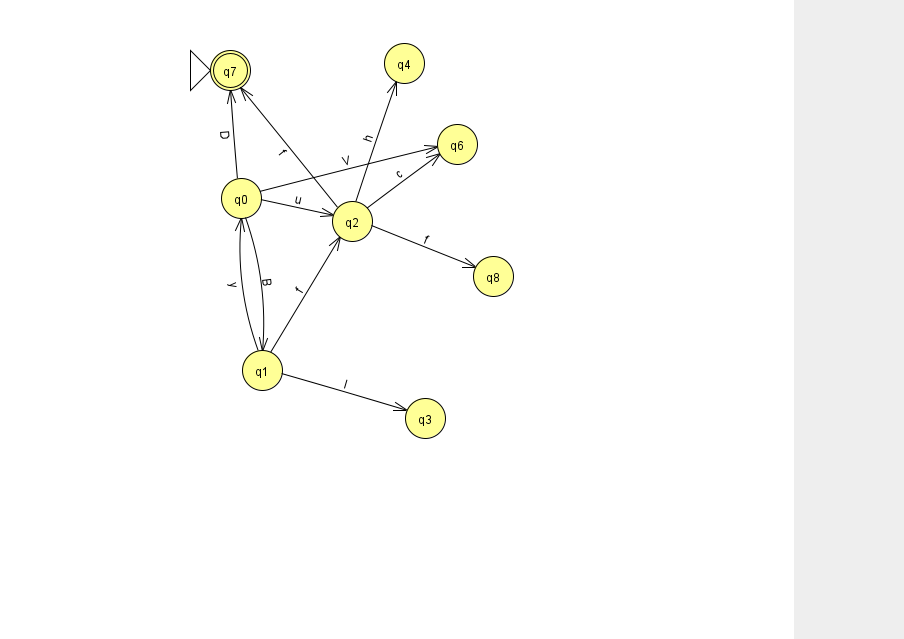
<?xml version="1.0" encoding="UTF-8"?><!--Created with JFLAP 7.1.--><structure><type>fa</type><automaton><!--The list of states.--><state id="0" name="q0"><x>241.0</x><y>185.0</y></state><state id="1" name="q1"><x>262.0</x><y>357.0</y></state><state id="2" name="q2"><x>352.0</x><y>208.0</y></state><state id="3" name="q3"><x>425.0</x><y>405.0</y></state><state id="4" name="q4"><x>404.0</x><y>50.0</y></state><state id="6" name="q6"><x>457.0</x><y>131.0</y></state><state id="7" name="q7"><x>230.0</x><y>57.0</y><initial/><final/></state><state id="8" name="q8"><x>493.0</x><y>263.0</y></state><!--The list of transitions.--><transition><from>1</from><to>0</to><read>y</read></transition><transition><from>2</from><to>7</to><read>f</read></transition><transition><from>1</from><to>3</to><read>I</read></transition><transition><from>2</from><to>8</to><read>f</read></transition><transition><from>1</from><to>2</to><read>f</read></transition><transition><from>2</from><to>6</to><read>c</read></transition><transition><from>0</from><to>7</to><read>D</read></transition><transition><from>0</from><to>6</to><read>V</read></transition><transition><from>0</from><to>1</to><read>B</read></transition><transition><from>0</from><to>2</to><read>u</read></transition><transition><from>2</from><to>4</to><read>h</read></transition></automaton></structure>